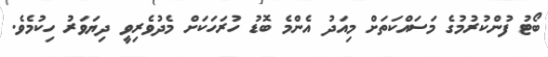
ބޯޓު ފުންކުރުމުގެ މަސައްކަތަށް މިއަދު އެންމެ ބޮޑު ހުރަހަކަށް މެދުވެރިވީ ދިޔަވަރު ހިކުމެވެ.